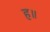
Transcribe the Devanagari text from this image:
ह॥